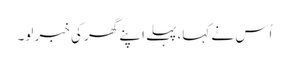
اُس نے کہا،پہلے اپنے گھر کی خبر لو۔